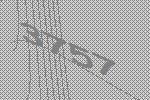
3757